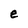
Character: e